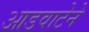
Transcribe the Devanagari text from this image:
आडवाटेने